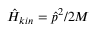
{ \hat { H } } _ { k i n } = { \hat { p } } ^ { 2 } / 2 M